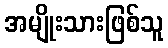
အမျိုးသားဖြစ်သူ